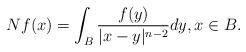
LaTeX: \begin{align*} N f(x) = \int_B \frac{f(y)}{|x-y|^{n-2}} dy, x \in B. \end{align*}